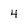
Character: 4